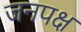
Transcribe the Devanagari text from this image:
जनपक्ष